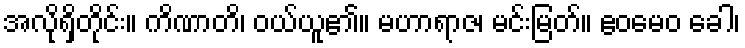
အလိုရှိတိုင်း။ ကိဏာတိ၊ ဝယ်ယူ၏။ မဟာရာဇ၊ မင်းမြတ်။ ဧဝမေဝ ခေါ၊